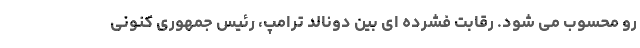
رو محسوب می شود. رقابت فشرده ای بین دونالد ترامپ، رئیس جمهوری کنونی